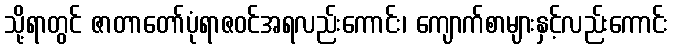
သို့ရာတွင် ဇာတာတော်ပုံရာဇဝင်အရလည်းကောင်း၊ ကျောက်စာများနှင့်လည်းကောင်း